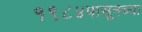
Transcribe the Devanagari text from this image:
१९८४पासूनच्या